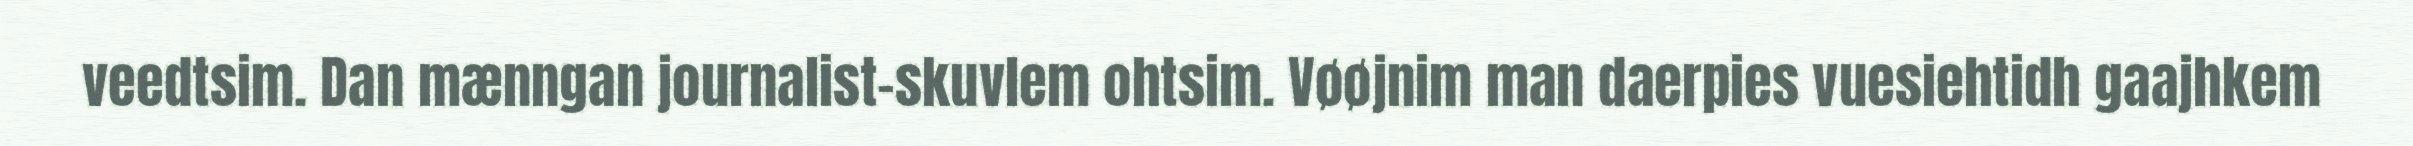
veedtsim. Dan mænngan journalist-skuvlem ohtsim. Vøøjnim man daerpies vuesiehtidh gaajhkem